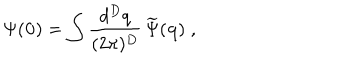
\Psi ( { \bf 0 } ) = \int \frac { d ^ { { D } } q } { ( 2 \pi ) ^ { { D } } } \, \widetilde { \Psi } ( { \bf q } ) \; ,